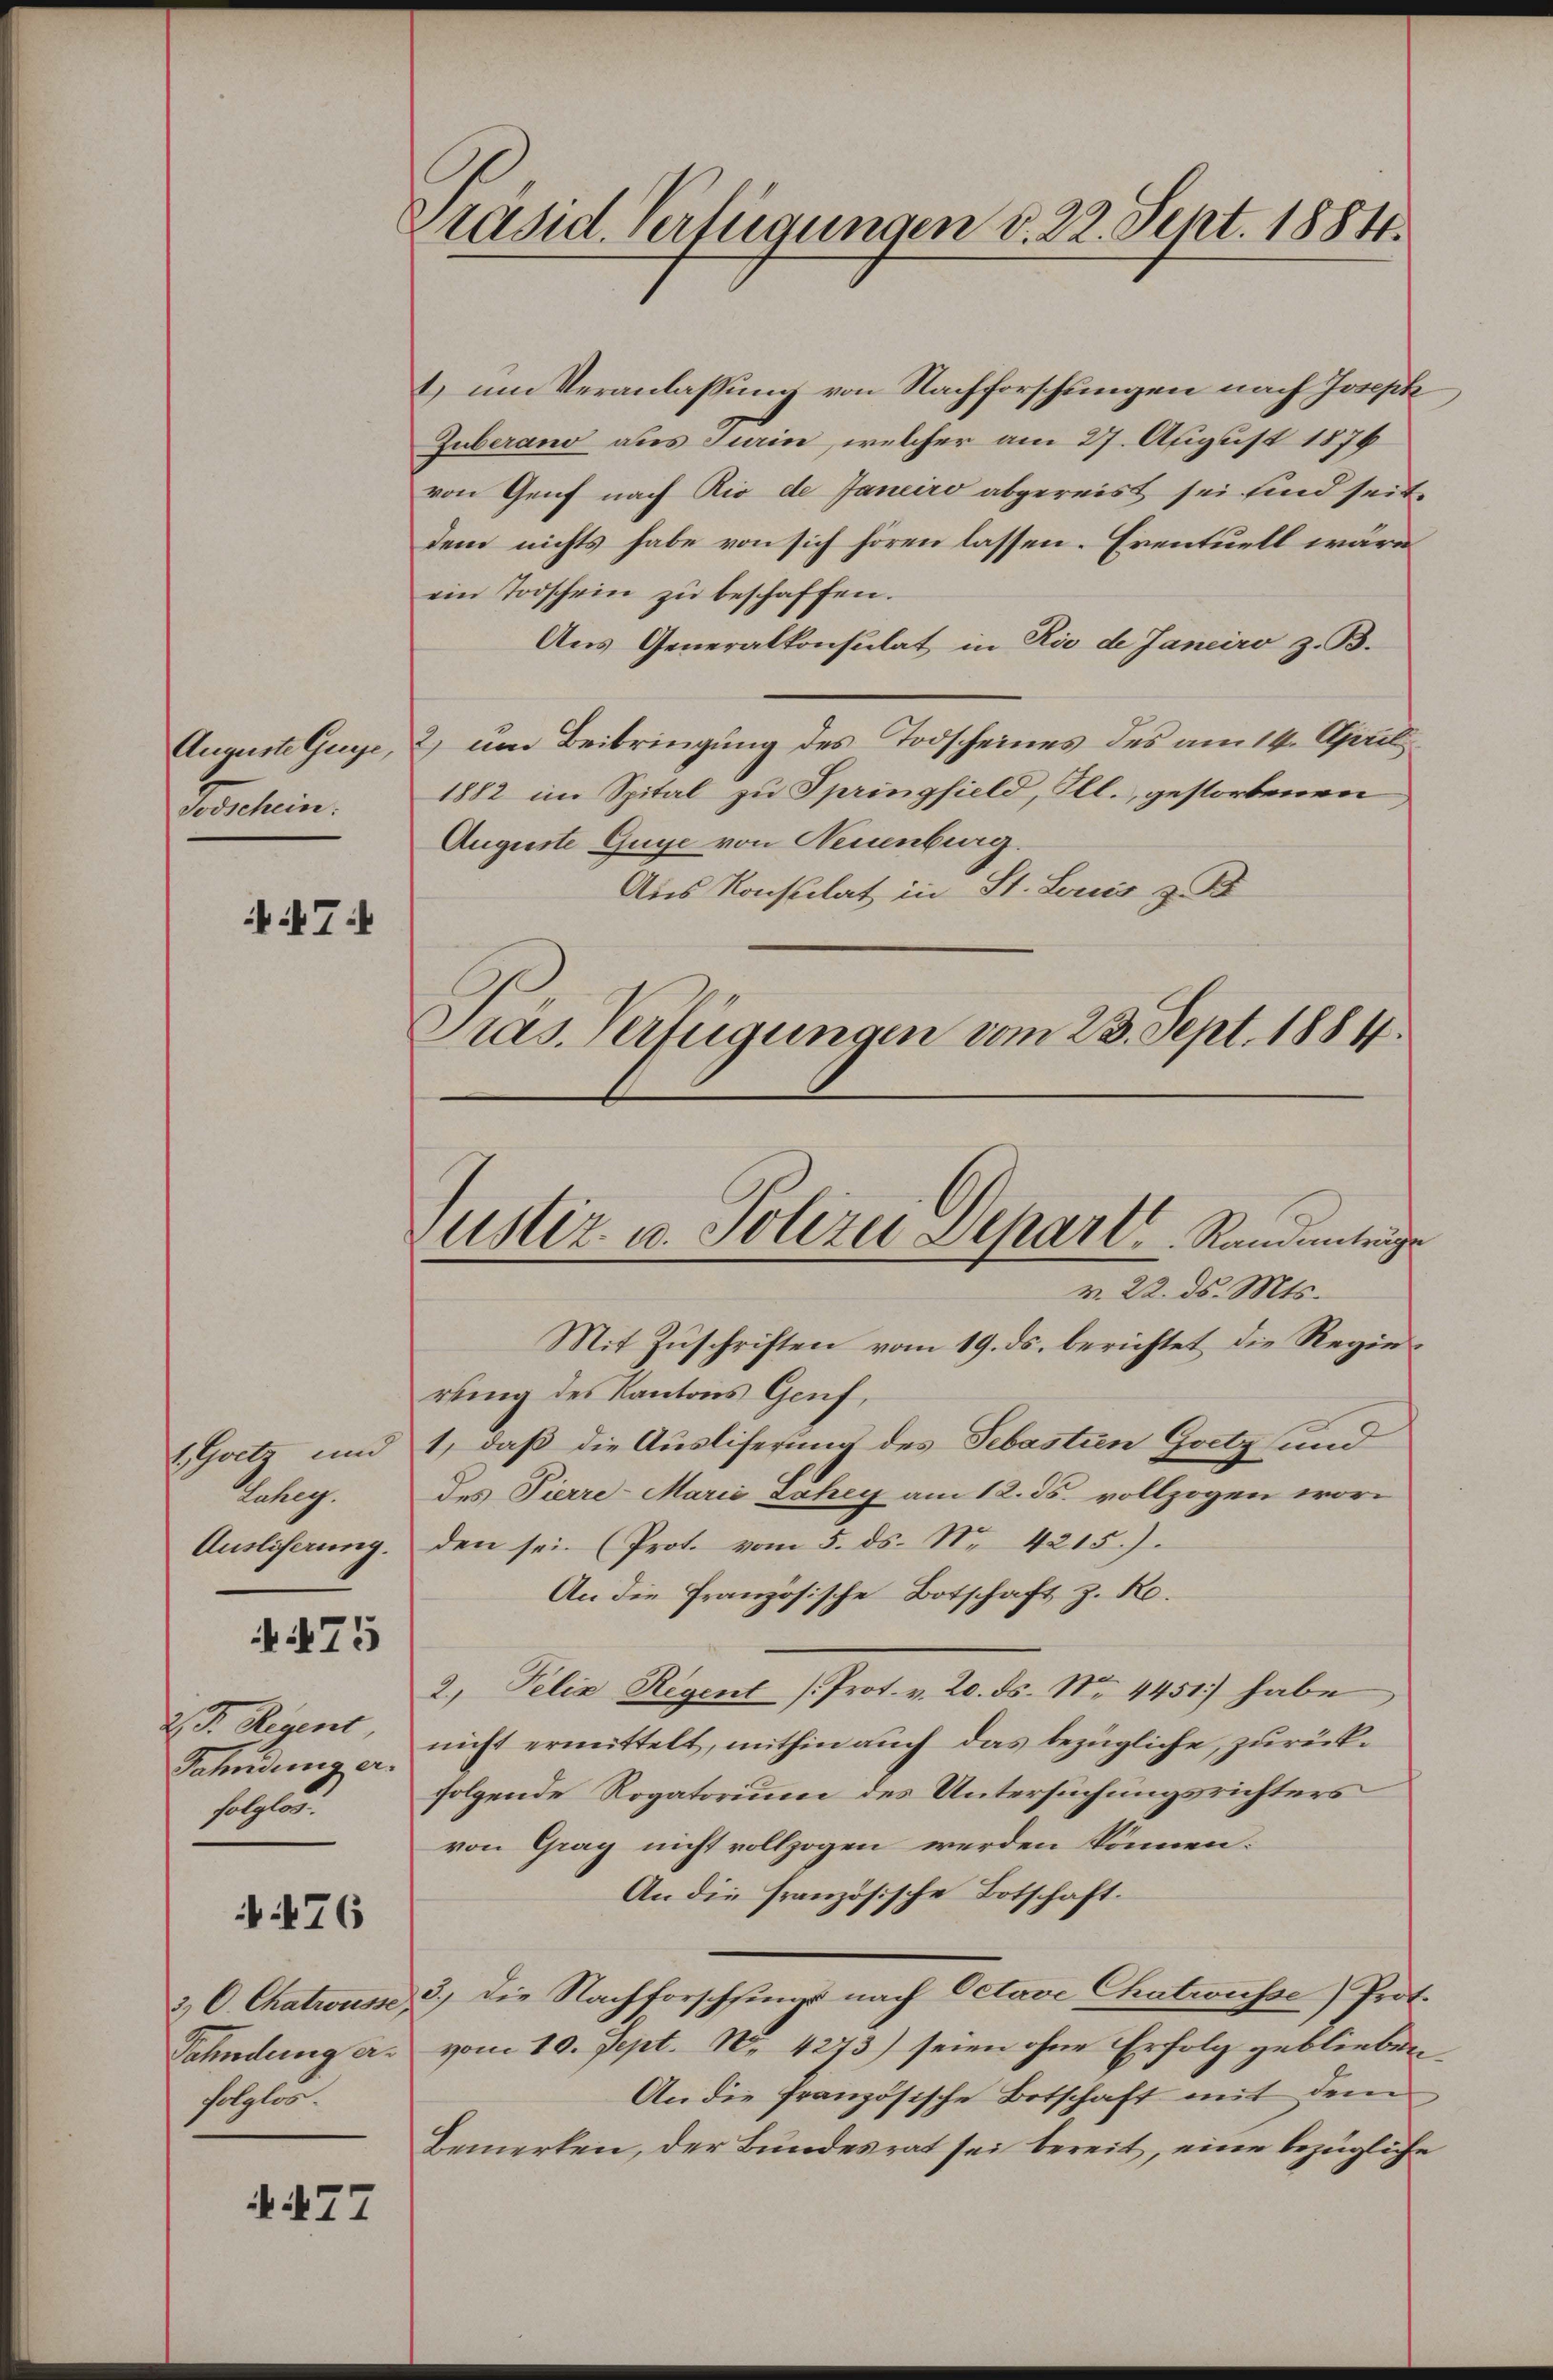
Auguste Guye,
Tosschein.

i7f

1 Goet und
Labeg
Ausliserung.

475

. D. Regent
Fahndung erfolgen.

476

3.) C. Chatrousse
Fahndung a.
setzlic

AN77

Präsid. Verfügungen v. 22. Sept. 1884.

) um Veranlassung von Nachforschungen nach Joseph
Guberano aus Turin, welcher am 27. August 1876
von Genf nach Rio de Janeiro abgereist sei sind seit
dem nichts habe von sich hören lassen. Eventuell wäre
ein Todschein zŭ beschaffen.
Aus Generalkonsulat in Rio de Janeiro z. B.
2) um Beibringung des Todscheines des am 14. April
1882 im Spital zu Springfield, Ill., gestorbenen
Auguste Guge von Neuenburg.
Aus Konsulat in St. Louis z. B
Präs. Verfügungen vom 23. Sept. 1884.

ustiz- u. Polizei Depart Ramantrage
v. 22. ds. Mts.

Mit Zuschriften vom 19. ds. berichtet die Regier
rung des Kantons Genf,
1, daß die Ausliferung des Sebastien Goetz und
des Pierre-Marie Zahey am 12. ds. vollzogen wori
den sei. (Prot. vom 5. ds. N. 4215.)
An die Französische Botschaft z. R.
2. Pelia Regent (Prot. v. 20. ds. Nr. 4451) habe
nicht ermittelt, mithin auch das bezügliche, zurückfolgende Rogatorium des Untersuchungsrichters
von Gray nicht vollzogen werden können.
An die französische Botschaft.
3.) Die Nachforschfings nach Octave Chatwüsse) Prot.
vom 10. Sept. No. 4273) seien ohne Erfolg geblieben,
An die Französische Botschaft mit dem
Bemerken, der Bundesrat sei bereit, eine bezügliche